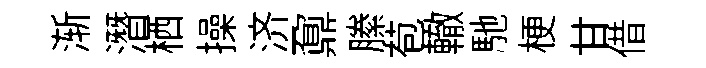
渐潛栖操济鼐縢苞轍馳梗甘借